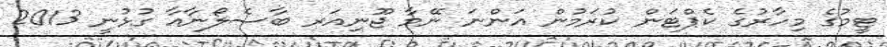
ޓީމުގެ މިހާރުގެ ކެޕްޓަން ކުރަމުން އަންނަ ނޭމާ ޖޫނިއަރ ބާސެލޯނާއާ ގުޅުނީ 2013